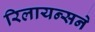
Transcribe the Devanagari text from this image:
रिलायन्सने